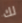
لك